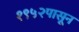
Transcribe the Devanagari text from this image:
१९५२पासून